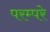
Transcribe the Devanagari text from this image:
परम्परे